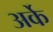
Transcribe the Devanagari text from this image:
अर्के